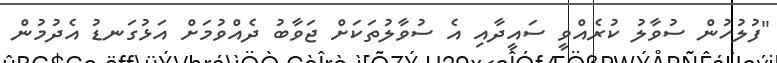
"ފުލުހުން ސުވާލު ކުރެއްވީ ސައީދާއި އެ ސުވާލުތަކަށް ޖަވާބު ދެއްވުމަށް އަޅުގަނޑު އެދުމުން